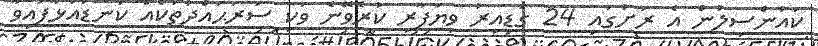
ކައުންސިލުން އެ ރަށުގައި 24 ގަޑިއިރު ވިޔަފާރި ކުރެވޭނެ ވަކި ސަރަޙައްދުތަކެއް ކަނޑައަޅާފައިވާ